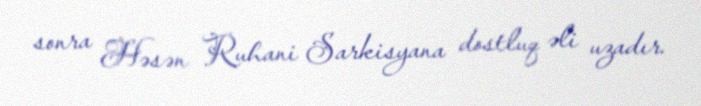
sonra Həsən Ruhani Sarkisyana dostluq əli uzadır.